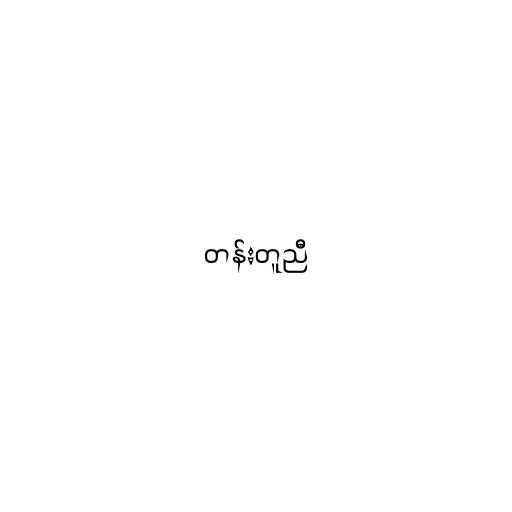
တန်းတူညီ